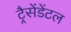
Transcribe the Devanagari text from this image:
ट्रैसेंडेंटल